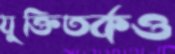
যুক্তিতর্কও